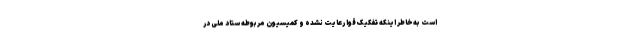
است به‌خاطر اینکه تفکیک قوا رعایت نشده و کمیسیون مربوطه ستاد ملی در